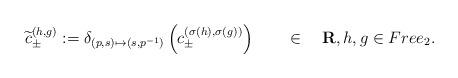
LaTeX: \begin{align*}\widetilde c_{\pm}^{(h,g)}:=\delta_{(p,s)\mapsto(s,p^{-1})}\left(c_{\pm}^{(\sigma(h),\sigma(g))}\right)\qquad\in\quad\mathbf R,h,g\in Free_2.\end{align*}